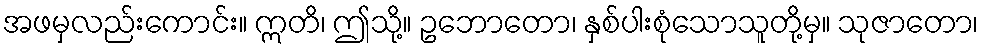
အဖမှလည်းကောင်း။ ဣတိ၊ ဤသို့။ ဥဘောတော၊ နှစ်ပါးစုံသောသူတို့မှ။ သုဇာတော၊